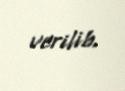
verilib.